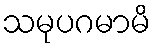
သမုပဂမာမိ